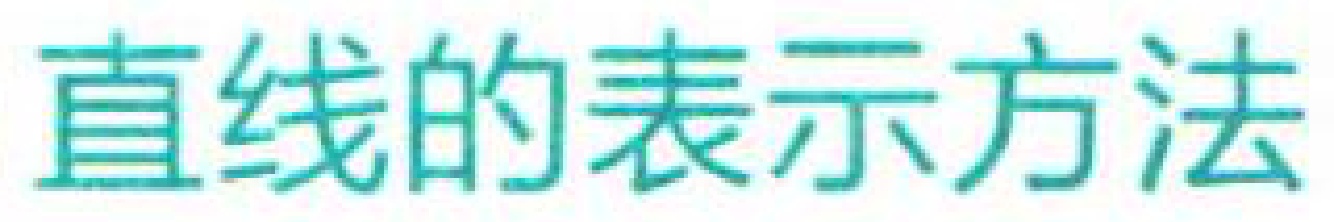
直线的表示方法